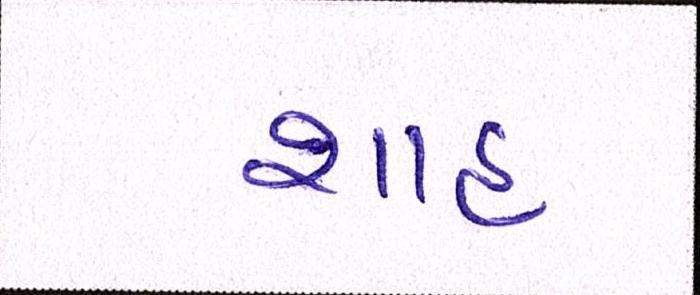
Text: શાહઃ